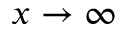
x \rightarrow \infty